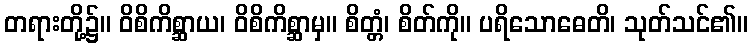
တရားတို့၌။ ဝိစိကိစ္ဆာယ၊ ဝိစိကိစ္ဆာမှ။ စိတ္တံ၊ စိတ်ကို။ ပရိသောဓေတိ၊ သုတ်သင်၏။